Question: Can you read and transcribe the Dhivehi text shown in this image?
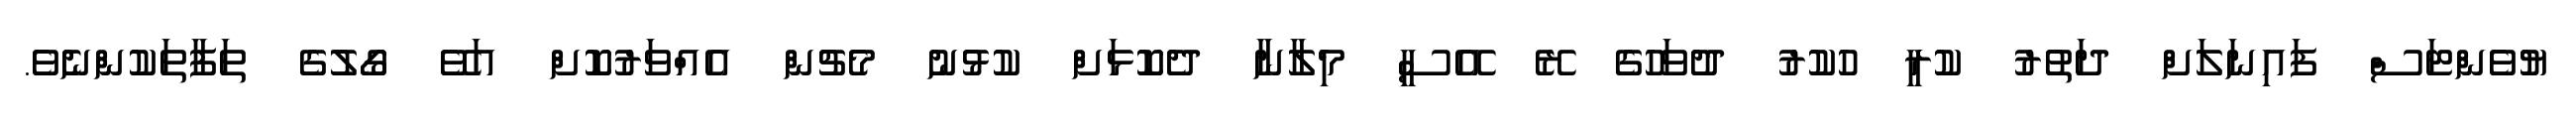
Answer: ޔުވެންޓަސް ފައިނަލަށް ދަތުރު ކުރީ ހުކުރު ދުވަހުގެ ރޭ އޭސީ މިލާނާ ދެކޮޅަށް ކުޅުނު މެޗުން އެއްވަރުކޮށް އަވޭ ގޯލުގެ ތަފާތަކުންނެވެ.